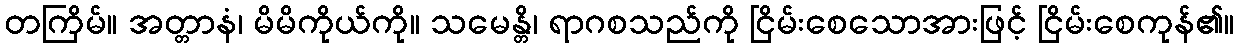
တကြိမ်။ အတ္တာနံ၊ မိမိကိုယ်ကို။ သမေန္တိ၊ ရာဂစသည်ကို ငြိမ်းစေသောအားဖြင့် ငြိမ်းစေကုန်၏။